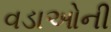
વડાઓની